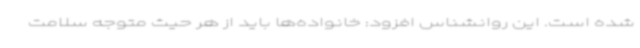
شده است. این روانشناس افزود: خانواده‌ها باید از هر حیث متوجه سلامت